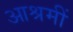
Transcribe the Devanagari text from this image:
आश्रमीं